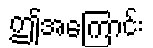
ဤအကြောင်း